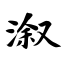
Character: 溆